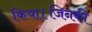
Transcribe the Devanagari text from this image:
किया।जिनकी